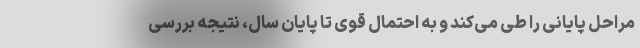
مراحل پایانی را طی می‌کند و به احتمال قوی تا پایان سال، نتیجه بررسی